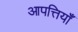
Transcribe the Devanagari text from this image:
आपत्तियॉँ